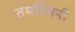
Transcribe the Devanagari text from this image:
तमस्विनी